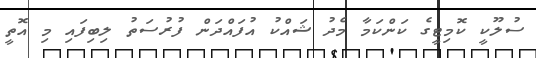
ސުލޫކީ ކޮމިޓީގެ ކަންކަމާ މެދު ޝައްކު އުފައްދަން ފުރުސަތު ލިބިފައި މި އޮތީ